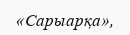
«Сарыарқа»,